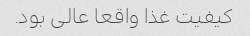
کیفیت غذا واقعا عالی بود.